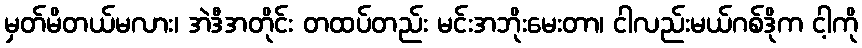
မှတ်မိတယ်မလား၊ အဲဒီအတိုင်း တထပ်တည်း မင်းအဘိုးမေးတာ၊ ငါလည်းမယ်ဂစ်ဒိုက ငါ့ကို